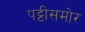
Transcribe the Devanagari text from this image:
पट्टीसमोर